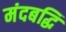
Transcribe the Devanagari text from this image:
मंदबद्धि